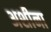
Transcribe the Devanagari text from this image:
अशीना